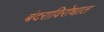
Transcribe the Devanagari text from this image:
बंदराविरोधात